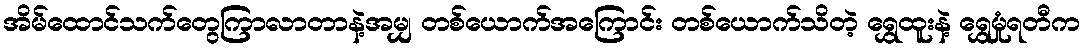
အိမ်ထောင်သက်တွေကြာလာတာနဲ့အမျှ တစ်ယောက်အကြောင်း တစ်ယောက်သိတဲ့ ရွှေထူးနဲ့ ရွှေမှုံရတီက